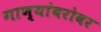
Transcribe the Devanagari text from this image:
गाण्यांबरोबर